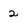
Character: 2